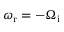
\omega _ { \mathrm { r } } = - \Omega _ { \mathrm { i } }